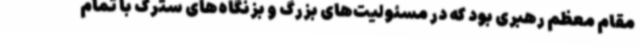
مقام معظم رهبری بود که در مسئولیت‌های بزرگ و بزنگاه‌های سترگ با تمام